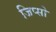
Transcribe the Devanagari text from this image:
जिप्सो